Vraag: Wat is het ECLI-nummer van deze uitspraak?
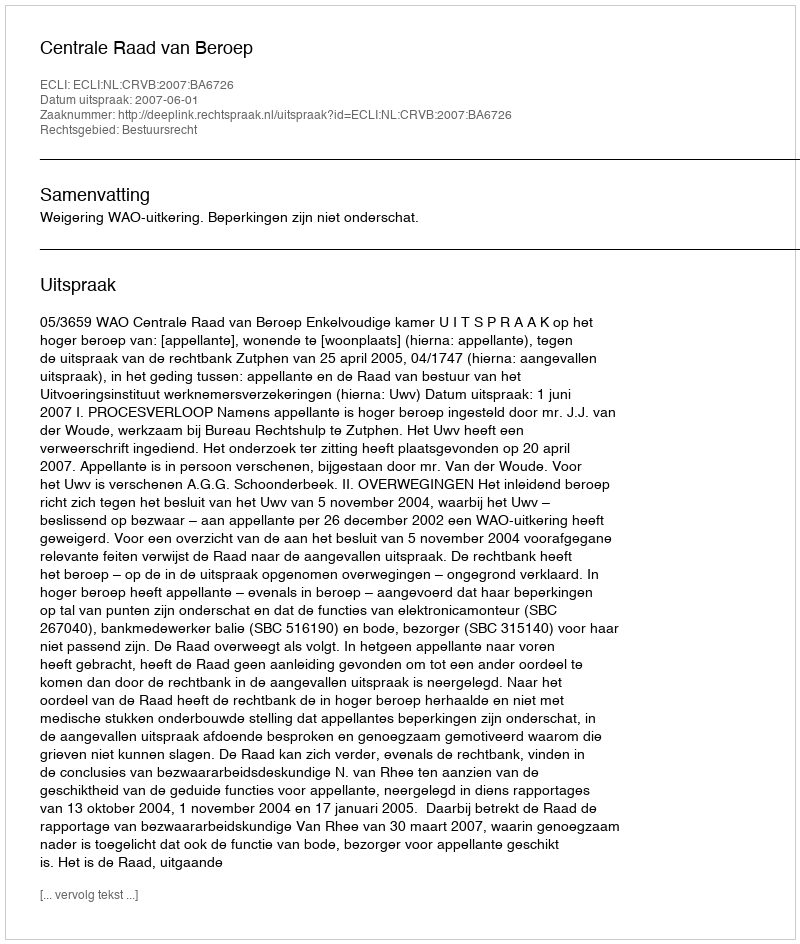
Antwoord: ECLI:NL:CRVB:2007:BA6726